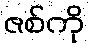
ဇစ်ကို